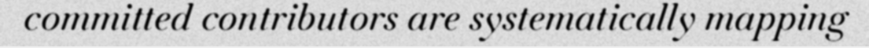
committed contributors are systematically mapping